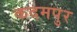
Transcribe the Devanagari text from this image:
कदमपुर